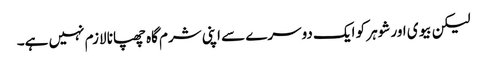
لیکن بیوی اور شوہر کو ایک دوسرے سے اپنی شرم گاہ چھپانا لازم نہیں ہے۔